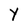
Character: Y